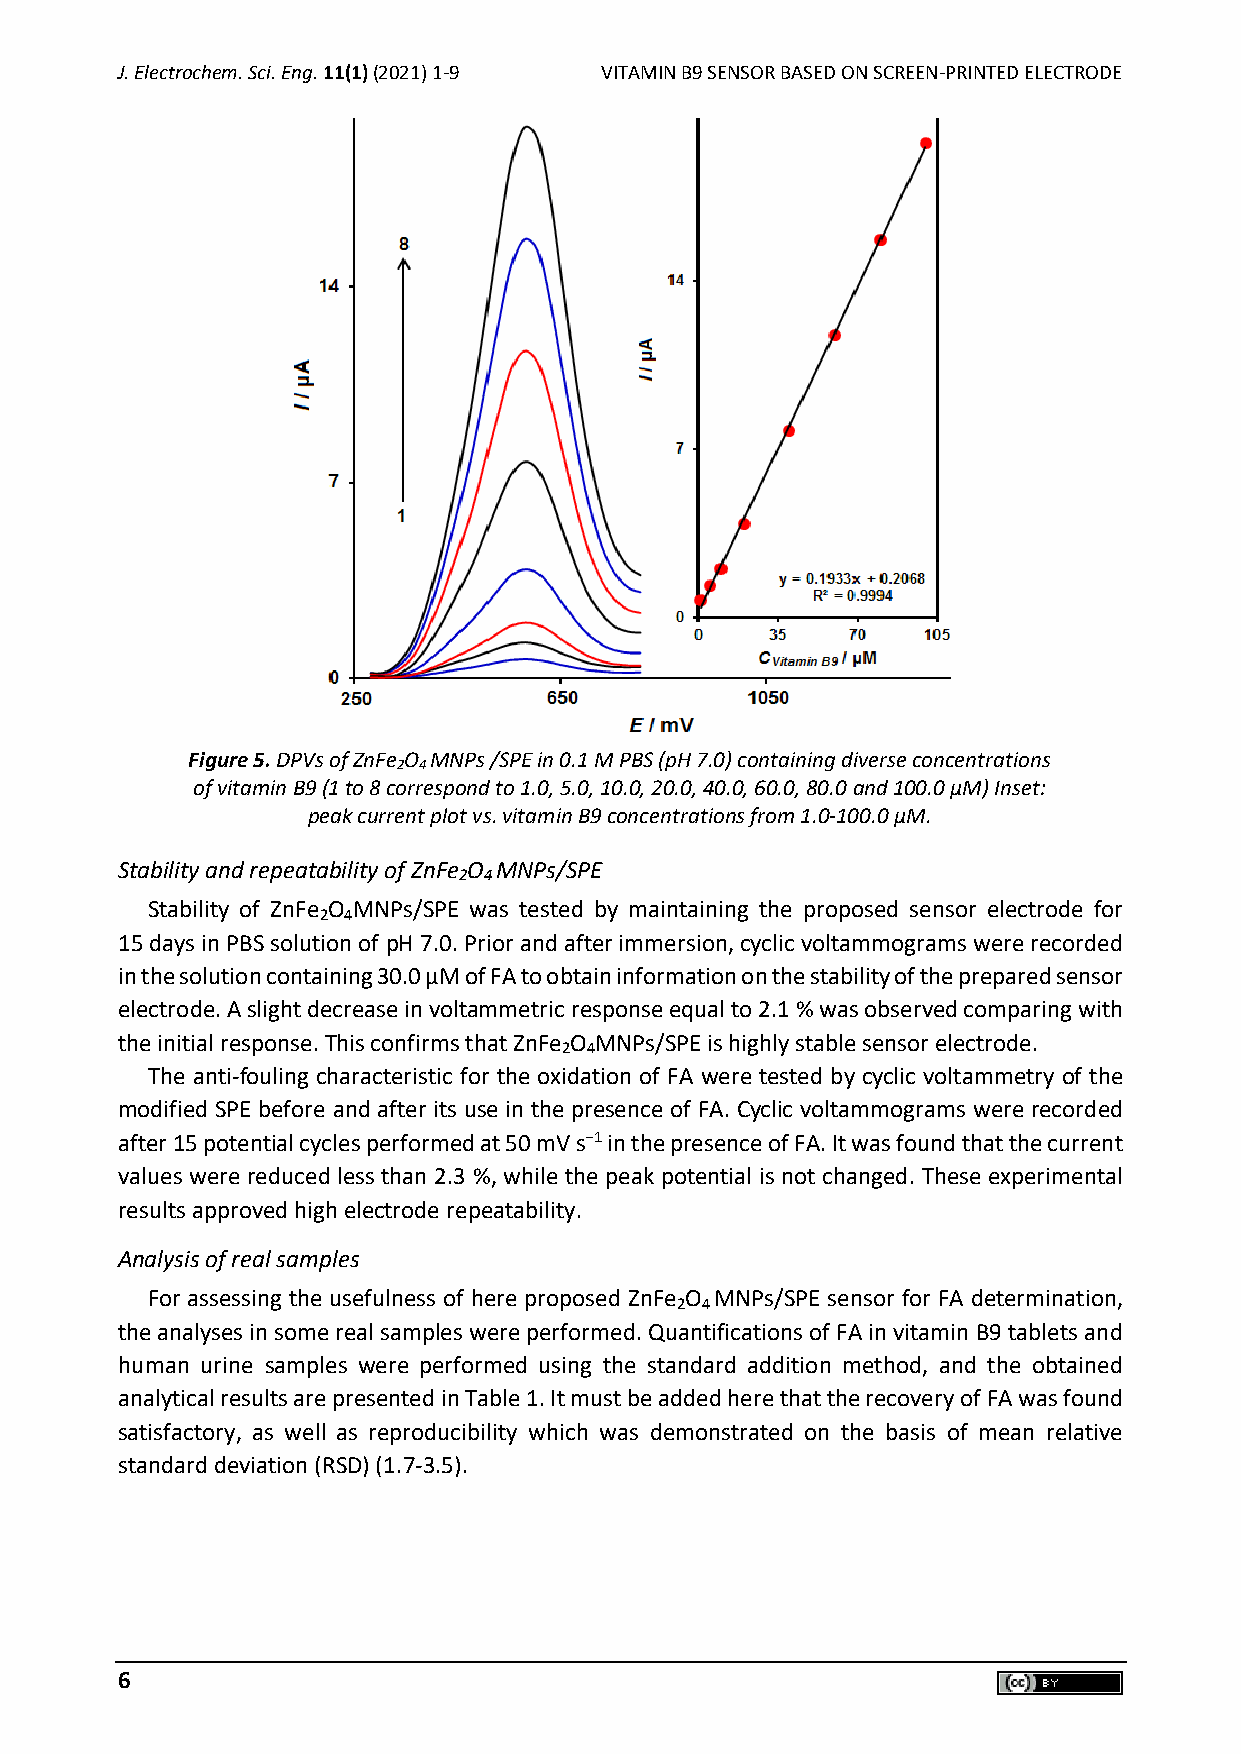
J. Electrochem. Sci. Eng. 11(1) (2021) 1-9 VITAMIN B9 SENSOR BASED ON SCREEN-PRINTED ELECTRODE
 Figure 5. DPVs of ZnFe O MNPs /SPE in 0.1 M PBS (pH 7.0) containing diverse concentrations
 2 4
 of vitamin B9 (1 to 8 correspond to 1.0, 5.0, 10.0, 20.0, 40.0, 60.0, 80.0 and 100.0 µM) Inset:
 peak current plot vs. vitamin B9 concentrations from 1.0-100.0 µM.
 Stability and repeatability of ZnFe O MNPs/SPE
 2 4
 Stability of ZnFe O MNPs/SPE was tested by maintaining the proposed sensor electrode for
 2 4
 15 days in PBS solution of pH 7.0. Prior and after immersion, cyclic voltammograms were recorded
 in the solution containing 30.0 µM of FA to obtain information on the stability of the prepared sensor
 electrode. A slight decrease in voltammetric response equal to 2.1 % was observed comparing with
 the initial response. This confirms that ZnFe O MNPs/SPE is highly stable sensor electrode.
 2 4
 The anti-fouling characteristic for the oxidation of FA were tested by cyclic voltammetry of the
 modified SPE before and after its use in the presence of FA. Cyclic voltammograms were recorded
 after 15 potential cycles performed at 50 mV s−1 in the presence of FA. It was found that the current
 values were reduced less than 2.3 %, while the peak potential is not changed. These experimental
 results approved high electrode repeatability.
 Analysis of real samples
 For assessing the usefulness of here proposed ZnFe O MNPs/SPE sensor for FA determination,
 2 4
 the analyses in some real samples were performed. Quantifications of FA in vitamin B9 tablets and
 human urine samples were performed using the standard addition method, and the obtained
 analytical results are presented in Table 1. It must be added here that the recovery of FA was found
 satisfactory, as well as reproducibility which was demonstrated on the basis of mean relative
 standard deviation (RSD) (1.7-3.5).
 6